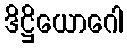
ဒိဋ္ဌိယောဂေါ